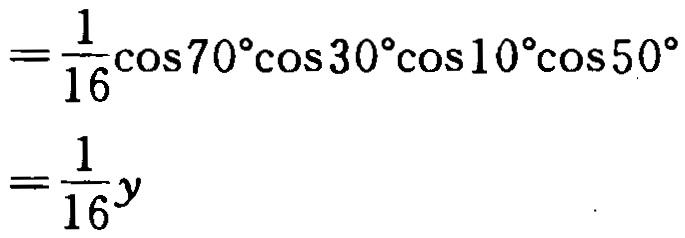
\[
\begin{align*}
&=\frac{1}{16}\cos70^{\circ}\cos30^{\circ}\cos10^{\circ}\cos50^{\circ}\\
&=\frac{1}{16}y
\end{align*}
\]